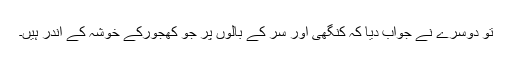
تو دوسرے نے جواب دیا کہ کنگھی اور سر کے بالوں پر جو کھجورکے خوشہ کے اندر ہیں۔